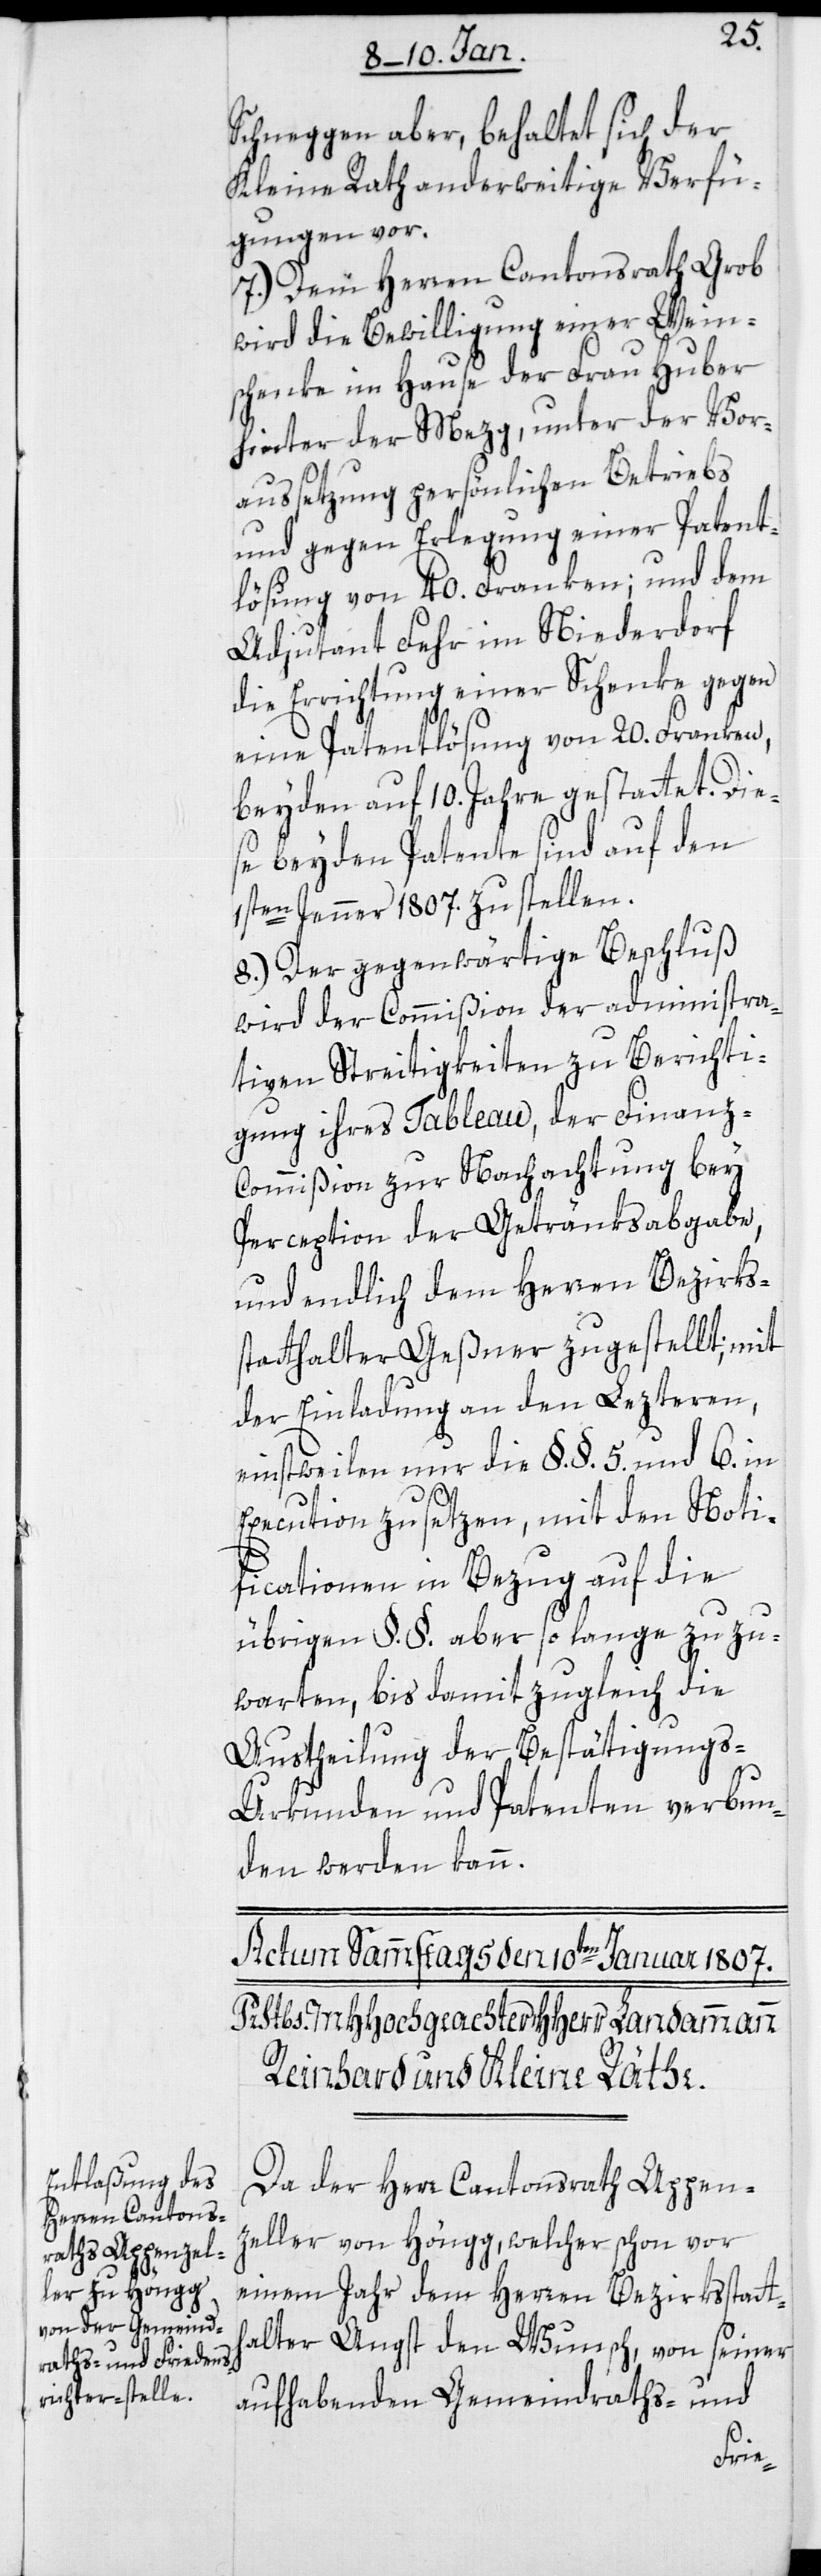
Schneggen aber, behaltet sich der
Kleine Rath anderweitige Verfü¬
gungen vor.
7.) Dem Herren Cantonsrath Grob
wird die Bewilligung einer Wein¬
schenke im Hause der Frau Huber
hinter der Mezg, unter der Vor¬
aussetzung persönlichen Betriebs
und gegen Erlegung einer Patent¬
lösung von 40. Franken; und dem
Adjudant Fehr im Niederdorf
die Errichtung einer Schenke gegen
eine Patentlösung von 20. Franken,
beiden auf 10. Jahre gestattet. Die¬
se beyden Patente sind auf den
1sten Jenner 1807. zu stellen.
8.) Der gegenwärtige Beschluß
wird der Commißion der administra¬
tiven Streitigkeiten zu Berichti¬
gung ihres Tableau, der Finanz-C¬
ommißion zur Nachachtung bey
Perception der Getränksabgabe,
und endlich dem Herren Bezirks¬
statthalter Geßner zugestellt; mit
der Einladung an den Lezteren,
einstweilen nur die §. §. 5. und 6. in
Execution zu setzen, mit den Noti¬
ficationen in Bezug auf die
übrigen §. §. aber so lange zuzu¬
warten, bis damit zugleich die
Austeilung der Bestätigungs-U¬
rkunden und Patenten verbun¬
den werden kann.
Da der Herr Cantonsrath Appenz¬
eller von Höngg, welcher schon vor
einem Jahr dem Herren Bezirksstatt¬
halter Angst den Wunsch, von seiner
aufhabenden Gemeindraths- und